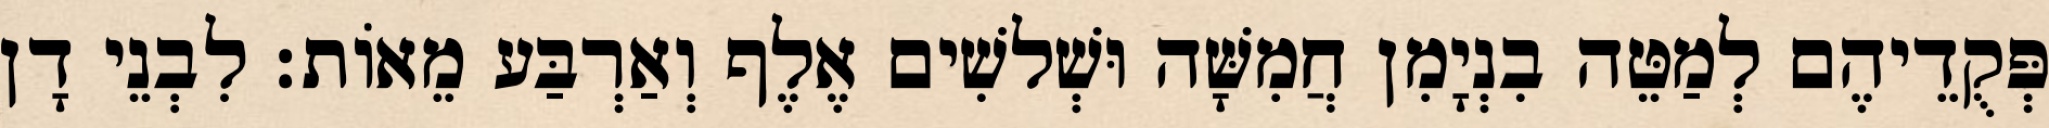
פְּקֻדֵיהֶם לְמַטֵּה בִנְיָמִן חֲמִשָּׁה וּשְׁלשִׁים אֶלֶף וְאַרְבַּע מֵאוֹת׃ לִבְנֵי דָן